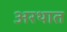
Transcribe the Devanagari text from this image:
अरथात